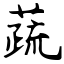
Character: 蔬